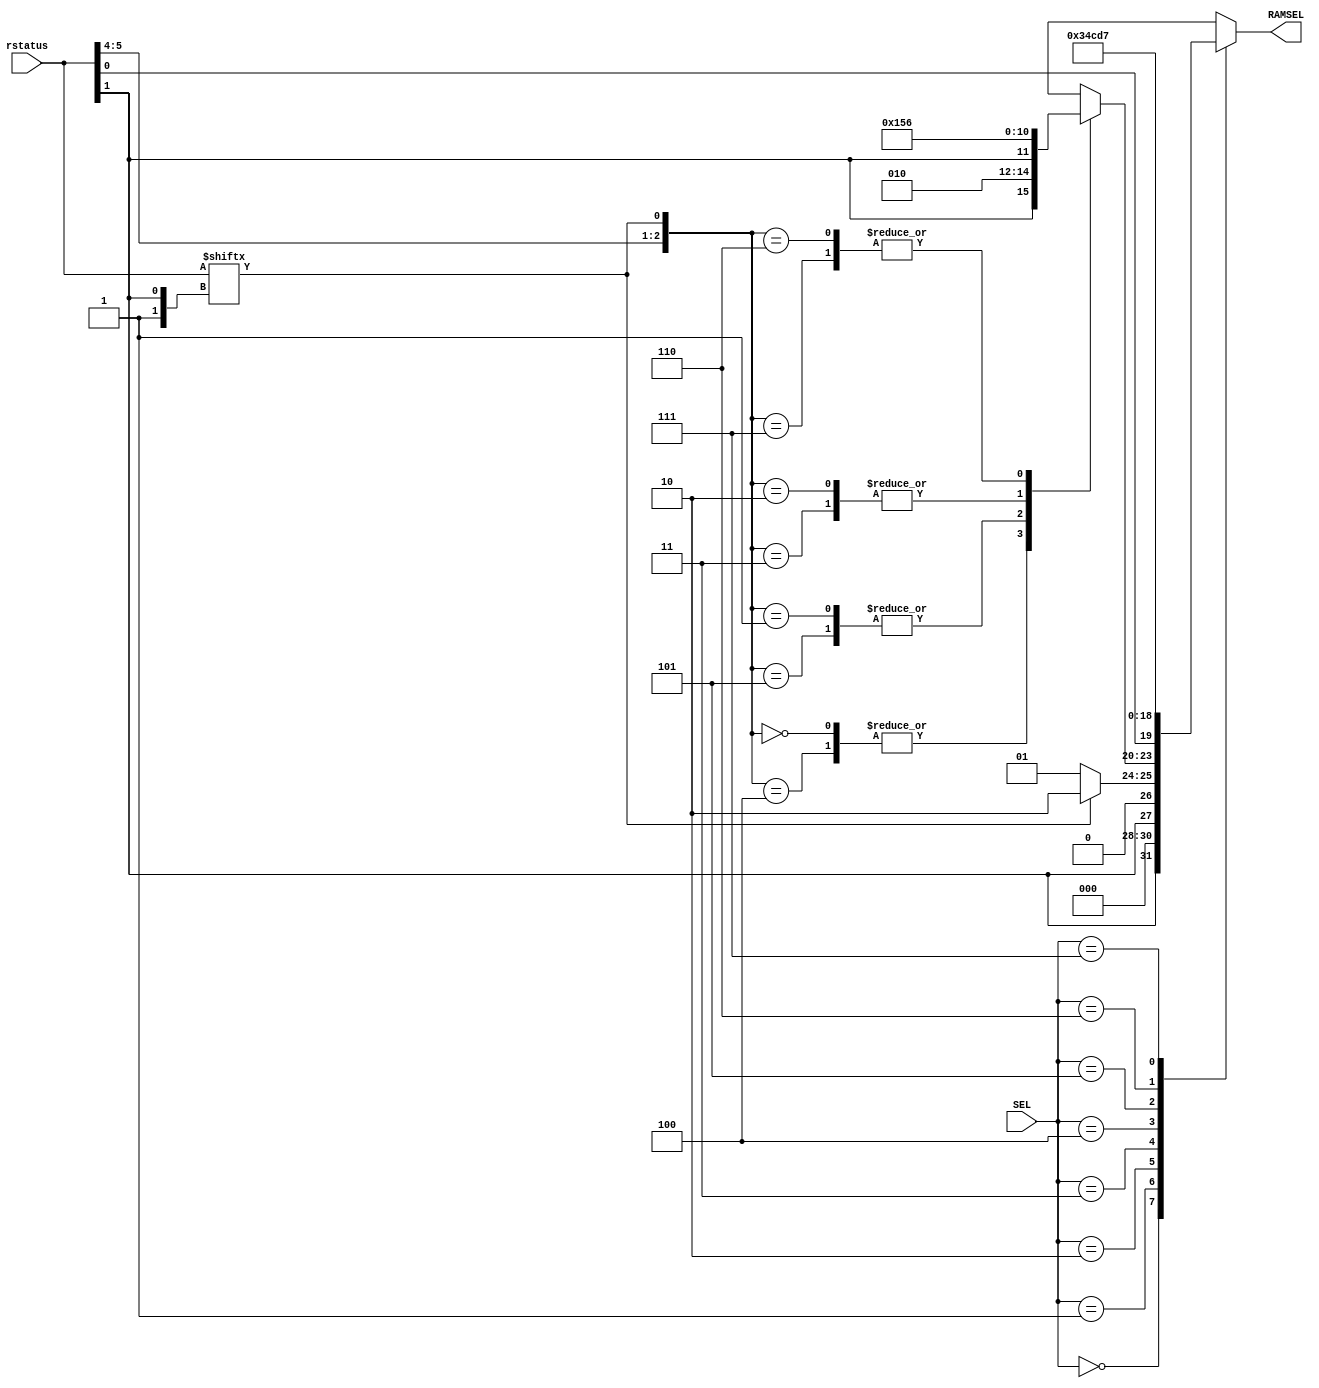
module RegSelect(
	input [2:0]SEL,
	output reg [3:0]RAMSEL,
	input [5:0]rstatus			
	);
	always @* begin
		RAMSEL = 4'bxxxx;
		case(SEL)
			0: RAMSEL = {rstatus[1], 3'b000};	
			1:  
				if(rstatus[{1'b1, rstatus[1]}]) RAMSEL = {rstatus[1], 3'b010};		
				else RAMSEL = {rstatus[1], 3'b001};				
			2:	
				case({rstatus[5:4], rstatus[{1'b1, rstatus[1]}]})
					0,4: 	RAMSEL = {rstatus[1], 3'b010}; 		
					1,5: 	RAMSEL = {rstatus[1], 3'b001};		
					2,3:	RAMSEL = 4'b0101;  	
					6,7:	RAMSEL = 4'b0110;		
				endcase
			3: RAMSEL = {rstatus[0], 3'b011}; 
			4:	RAMSEL = 4; 
			5: RAMSEL = 12;	
			6: RAMSEL = 13;	
			7: RAMSEL = 7;	
		endcase
	end
endmodule